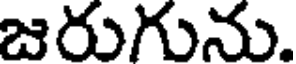
జరుగును.